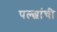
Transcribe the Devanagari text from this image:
पल्ल्वांची